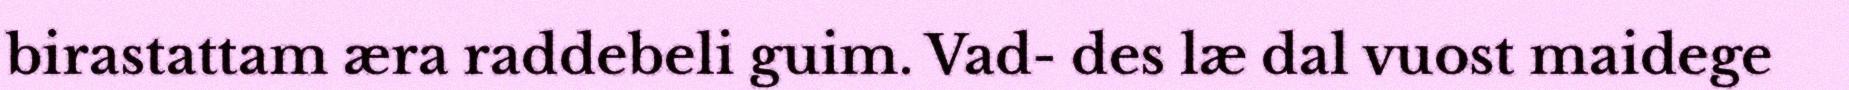
birastattam æra raddebeli guim. Vad- des læ dal vuost maidege